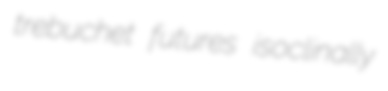
trebuchet futures isoclinally